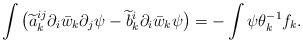
LaTeX: \begin{align*}\int\big(\widetilde a^{ij}_k\partial_i\bar w_k\partial_j\psi-\widetilde b^i_k\partial_i\bar w_k\psi\big)=-\int\psi\theta_k^{-1}f_k.\end{align*}